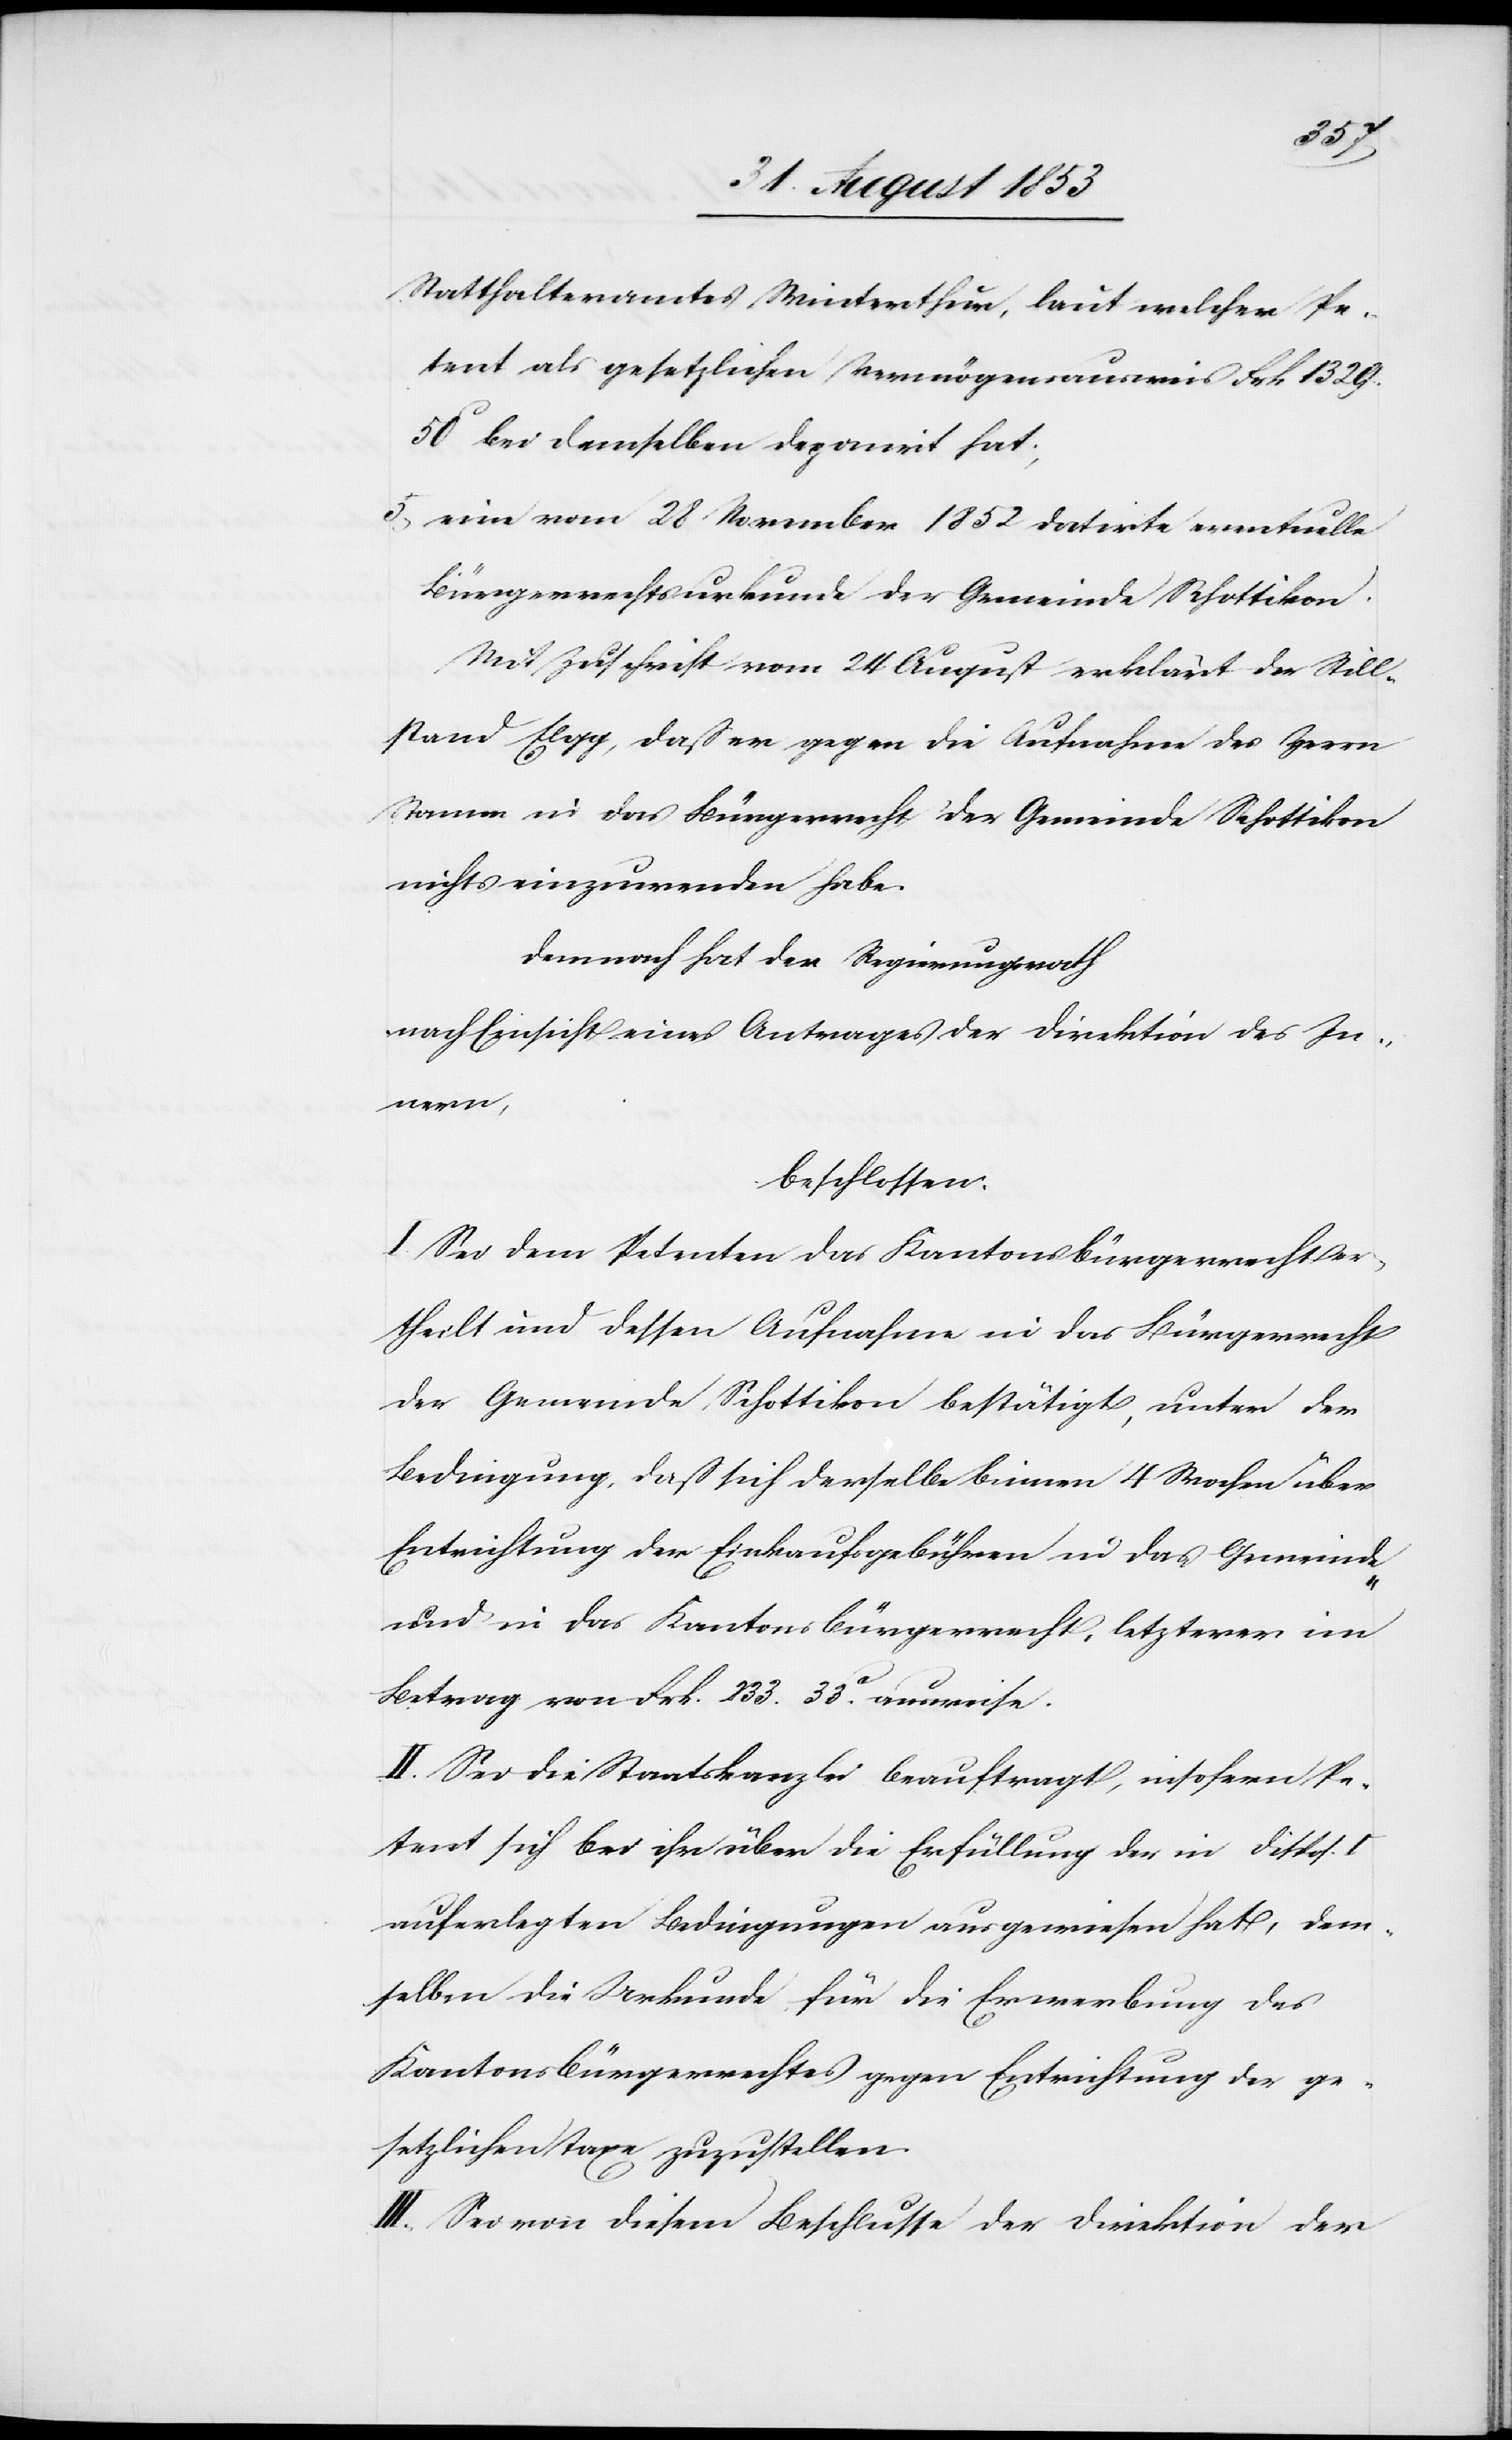
Statthalteramtes Winterthur, laut welcher Pe¬
tent als gesetzlichen Vermögensausweis Frk. 1329.
50c bei demselben deponirt hat;
5, eine vom 28 November 1852 datirte eventuelle
Bürgerrechtsurkunde der Gemeinde Schottikon.
Mit Zuschrift vom 24 August erklärt der Still¬
stand Elgg, daß er gegen die Aufnahme des Herrn
Stamm in das Bürgerrecht der Gemeinde Schottikon
nichts einzuwenden habe.
Demnach hat der Regierungsrath
nach Einsicht eines Antrages der Direktion des In¬
nern,
beschlossen:
I. Sei dem Petenten das Kantonsbürgerrecht er¬
theilt und dessen Aufnahme in das Bürgerrecht
der Gemeinde Schottikon bestätigt, unter der
Bedingung, daß sich derselbe binnen 4 Wochen über
Entrichtung der Einkaufsgebühren in das Gemeinde-
und in das Kantonsbürgerrecht, letzterer im
Betrag von Frk. 233. 33c ausweise.
II. Sei die Staatskanzlei beauftragt, insofern Pe¬
tent sich bei ihr über die Erfüllung der in Disp. I
auferlegten Bedingungen ausgewiesen hat, dem¬
selben die Urkunde für die Erwerbung des
Kantonsbürgerrechtes gegen Entrichtung der ge¬
setzlichen Taxe zuzustellen.
III. Sei von diesem Beschlusse der Direktion der